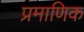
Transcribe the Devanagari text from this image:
प्रमाणिक